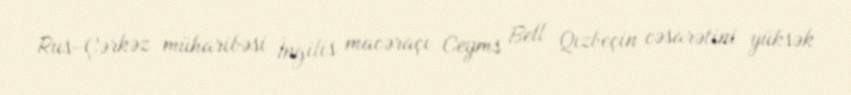
Rus-Çərkəz müharibəsi İngilis macəraçı Ceyms Bell Qızbeçin cəsarətini yüksək